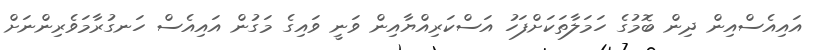
އައިއެސްއިން ދިން ބޮމުގެ ހަމަލާތަކަށްފަހު އަސްކަރިއްޔާއިން ވަނީ ވައިގެ މަގުން އައިއެސް ހަނގުރާމަވެރިންނަށް